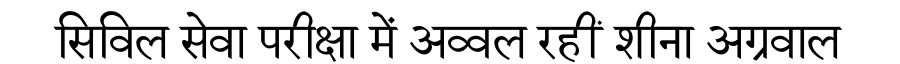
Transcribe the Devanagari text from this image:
सिविल सेवा परीक्षा में अव्वल रहीं शीना अग्रवाल